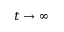
t \to \infty